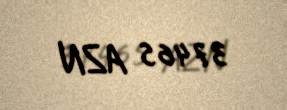
37465 AZN